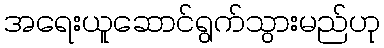
အရေးယူဆောင်ရွက်သွားမည်ဟု